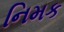
નિમક